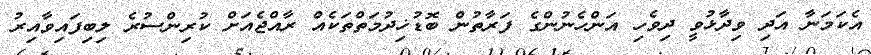
އެކަމަނާ އަދި ވިދާޅުވީ ދިވެހި އަންހެނުންގެ ފަރާތުން ބޮޑުޚިދުމަތްތަކެއް ރާއްޖެއަށް ކުރިންސުރެ ލިބިފައިވާއިރު